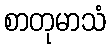
စာတုမာသံ